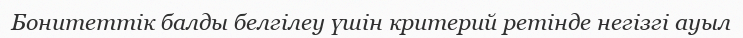
Бонитеттік балды белгілеу үшін критерий ретінде негізгі ауыл